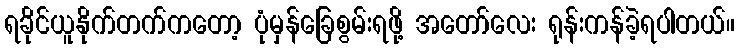
ရခိုင်ယူနိုက်တက်ကတော့ ပုံမှန်ခြေစွမ်းရဖို့ အတော်လေး ရုန်းကန်ခဲ့ရပါတယ်။